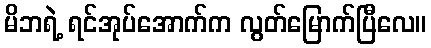
မိဘရဲ့ ရင်အုပ်အောက်က လွတ်မြောက်ပြီလေ။